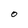
Character: O